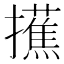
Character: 𢸺